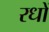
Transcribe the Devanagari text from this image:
रधों